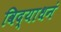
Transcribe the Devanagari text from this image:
विद्याधनं